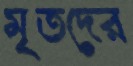
মৃতদের